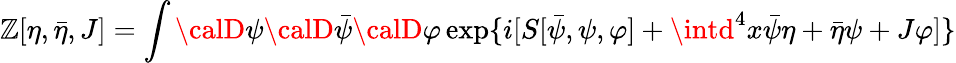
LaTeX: \mathbb{Z}[\eta,\bar{{\eta}},J]=\int{\calD}\psi{\calD}\bar{{\psi}}{\calD}\varphi\exp\{ i[S[\bar{{\psi}},\psi,\varphi]+\intd^{4}x\bar{{\psi}}\eta+\bar{{\eta}}\psi+J\varphi]\}